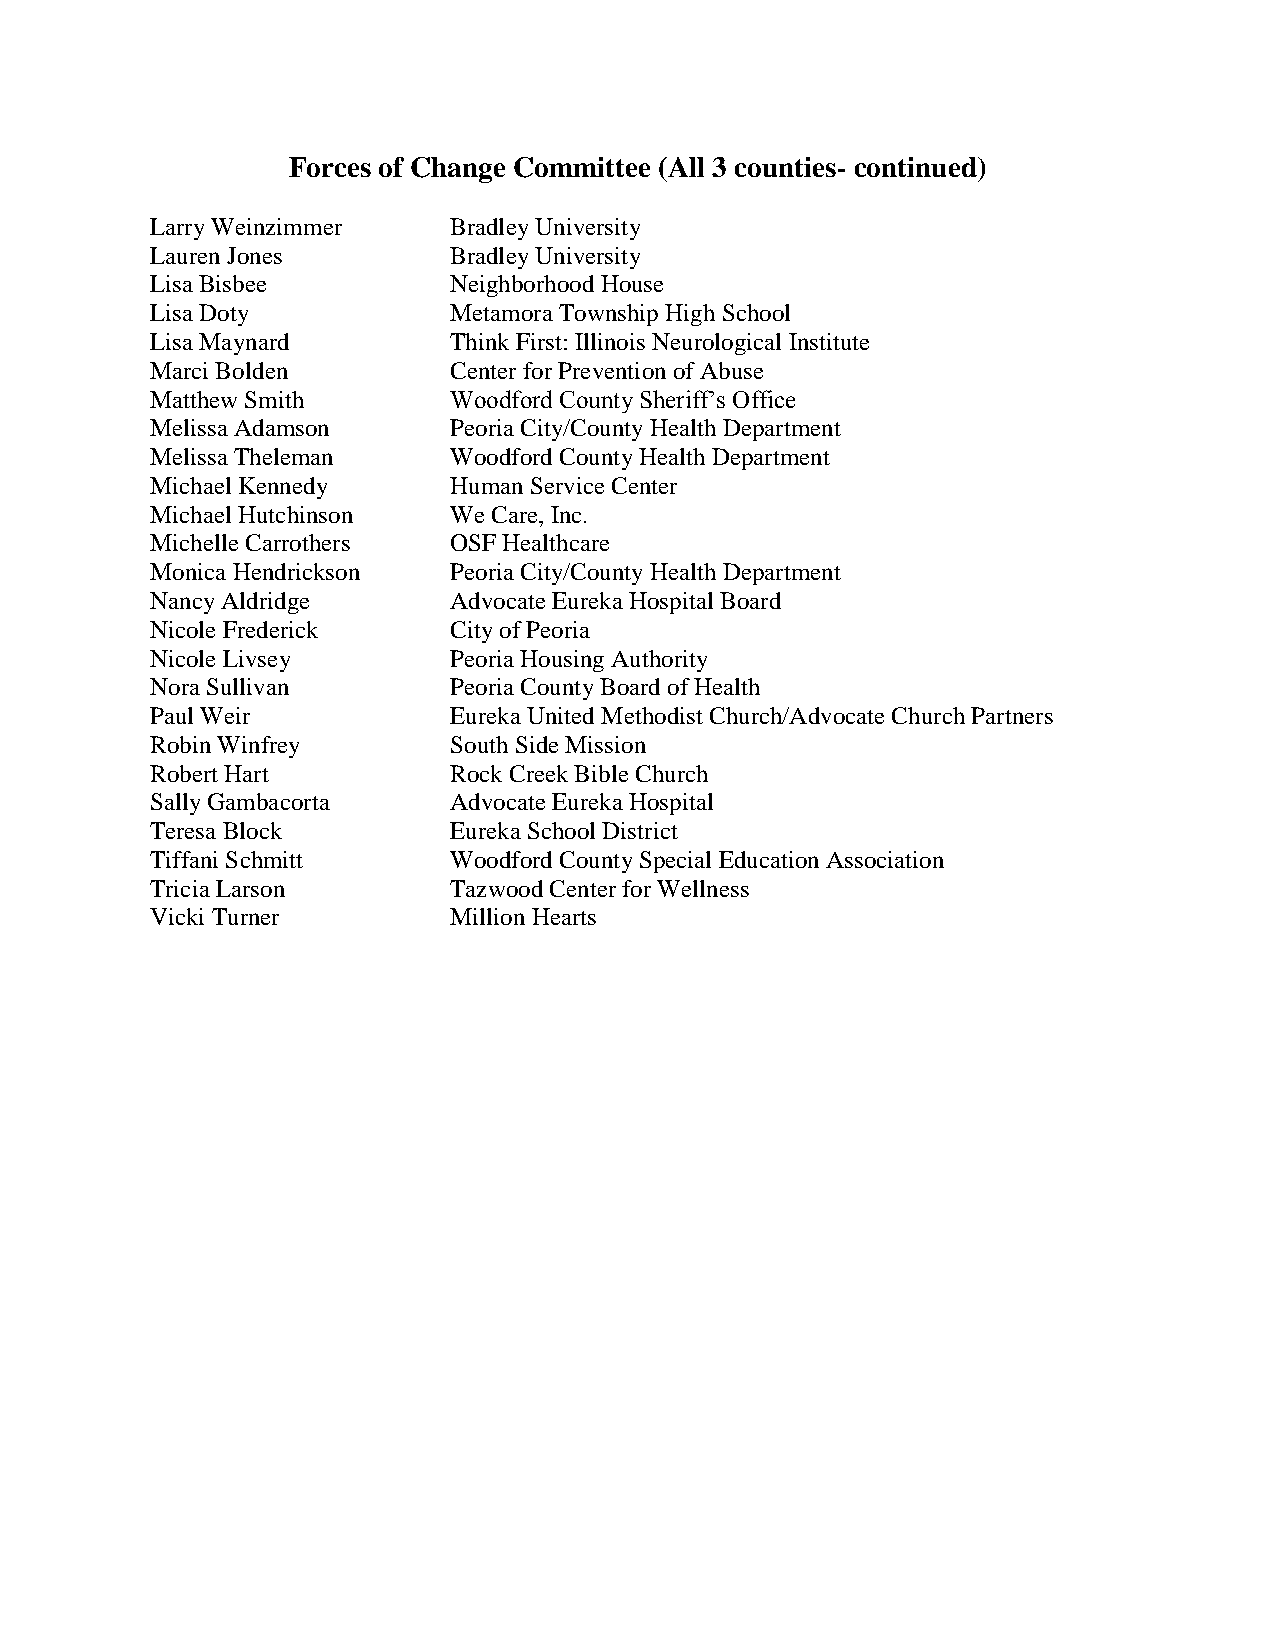
Forces of Change Committee (All 3 counties- continued)
 Larry Weinzimmer    Bradley University
 Lauren Jones        Bradley University
 Lisa Bisbee         Neighborhood House
 Lisa Doty           Metamora Township High School
 Lisa Maynard        Think First: Illinois Neurological Institute
 Marci Bolden        Center for Prevention of Abuse
 Matthew Smith       Woodford County Sheriff’s Office
 Melissa Adamson     Peoria City/County Health Department
 Melissa Theleman    Woodford County Health Department
 Michael Kennedy     Human Service Center
 Michael Hutchinson  We Care, Inc.
 Michelle Carrothers OSF Healthcare
 Monica Hendrickson  Peoria City/County Health Department
 Nancy Aldridge      Advocate Eureka Hospital Board
 Nicole Frederick    City of Peoria
 Nicole Livsey       Peoria Housing Authority
 Nora Sullivan       Peoria County Board of Health
 Paul Weir           Eureka United Methodist Church/Advocate Church Partners
 Robin Winfrey       South Side Mission
 Robert Hart         Rock Creek Bible Church
 Sally Gambacorta    Advocate Eureka Hospital
 Teresa Block        Eureka School District
 Tiffani Schmitt     Woodford County Special Education Association
 Tricia Larson       Tazwood Center for Wellness
 Vicki Turner        Million Hearts